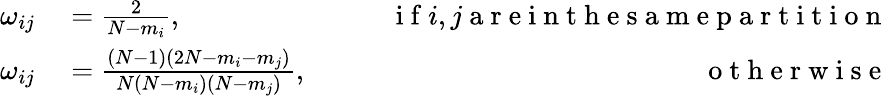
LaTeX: \begin{array}{rlr}{\omega_{ij}}&{{}=\frac{2}{N-m_{i}},\qquad}&{\mathrm{~i~f~}i,j\mathrm{~a~r~e~i~n~t~h~e~s~a~m~e~p~a~r~t~i~t~i~o~n~}}\\ {\omega_{ij}}&{{}=\frac{(N-1)(2N-m_{i}-m_{j})}{N(N-m_{i})(N-m_{j})},\qquad}&{\mathrm{~o~t~h~e~r~w~i~s~e~}}\end{array}